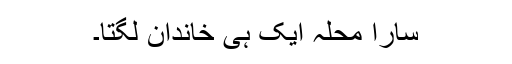
سارا محلہ ایک ہی خاندان لگتا۔